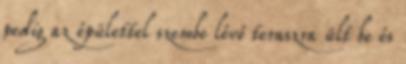
pedig az épülettel szembe lévő teraszra ült be és